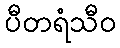
ပီတရံသီဝ